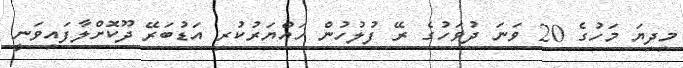
މިދިޔަ މަހުގެ 20 ވަނަ ދުވަހުގެ ރޭ ފުލުހުން ހައްޔަރުކުރި އަޑުބަރޭ ދޫކޮށްލާފައިވަނީ